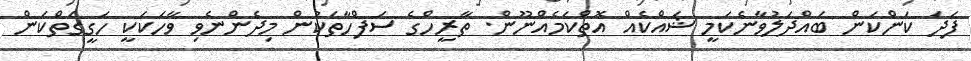
ފަދަ ކަންކަން ބައްދަލުވާނެކަމީ ޝައްކެއް އޮތްކަމެއްނޫން. ތާރީހްގެ ސަފްހާތަކުން މިދެންނެވި ވާހަކަކީ ހަގީގަތްކަން